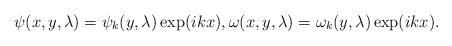
LaTeX: \begin{align*} \psi(x,y, \lambda)= \psi_k(y, \lambda) \exp(ikx), \omega(x,y, \lambda)= \omega_k(y,\lambda) \exp(ikx).\end{align*}